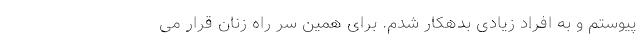
پیوستم و به افراد زیادی بدهکار شدم. برای همین سر راه زنان قرار می